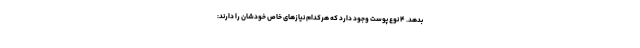
بدهد. ۴ نوع پوست وجود دارد که هرکدام نیازهای خاص خودشان را دارند: